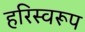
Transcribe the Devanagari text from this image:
हरिस्वरूप